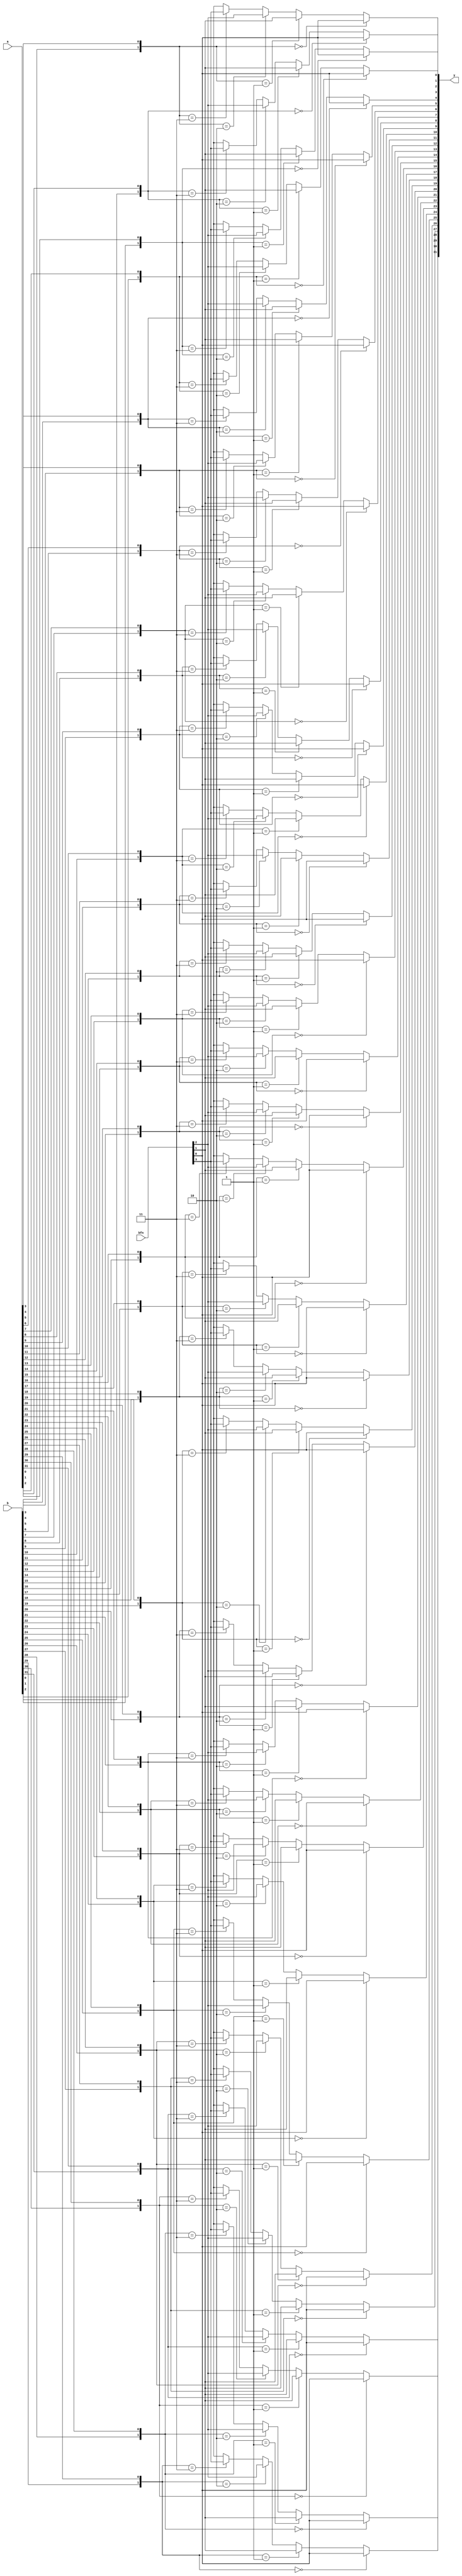
// alu_bool.v
//
// tom@fors.net, November 25, 2016
//
// Purpose:
//   Boolean function logic for ALU


module alu_bool (
    input      [31:0] a,
    input      [31:0] b,
    input       [3:0] bfn,

    output     [31:0] y
);

function mux4;
    input [3:0] a;
    input [1:0] sel;
    begin
        if (sel == 2'b00) mux4 = a[0];
        else if (sel == 2'b01) mux4 = a[1];
        else if (sel == 2'b10) mux4 = a[2];
        else if (sel == 2'b11) mux4 = a[3];
    end
endfunction

generate
    genvar i;
    for (i=0; i<32; i=i+1) begin: loop_gen_block
        assign y[i] = mux4(bfn, {b[i], a[i]});
    end
endgenerate

endmodule